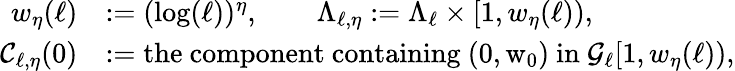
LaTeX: \begin{array}{rl}{w_{\eta}(\ell)}&{:=(\log(\ell))^{\eta},\qquad\Lambda_{\ell,\eta}:=\Lambda_{\ell}\times[1,w_{\eta}(\ell)),}\\ {{\mathcal C}_{\ell,\eta}(0)}&{:=\mathrm{the~component~containing~(0,w_0)~in~}{\mathcal G}_{\ell}[1,w_{\eta}(\ell)),}\end{array}